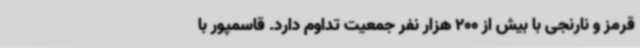
قرمز و نارنجی با بیش از 200 هزار نفر جمعیت تداوم دارد. قاسمپور با